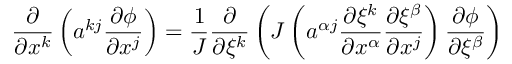
\frac { \partial } { \partial x ^ { k } } \left( a ^ { k j } \frac { \partial \phi } { \partial x ^ { j } } \right) = \frac { 1 } { J } \frac { \partial } { \partial \xi ^ { k } } \left( J \left( a ^ { \alpha j } \frac { \partial \xi ^ { k } } { \partial x ^ { \alpha } } \frac { \partial \xi ^ { \beta } } { \partial x ^ { j } } \right) \frac { \partial \phi } { \partial \xi ^ { \beta } } \right)